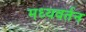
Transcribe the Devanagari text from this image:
मध्यवर्तन